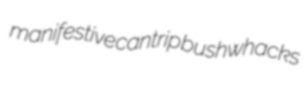
manifestive cantrip bushwhacks